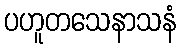
ပဟူတသေနာသနံ